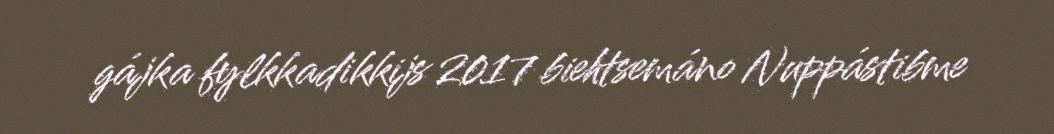
gájka fylkkadikkijs 2017 biehtsemáno Nuppástibme